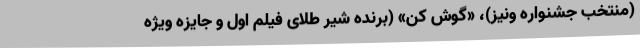
(منتخب جشنواره ونیز)، «گوش کن» (برنده شیر طلای فیلم اول و جایزه ویژه